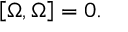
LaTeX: \left[ \Omega , \Omega \right] = 0 .